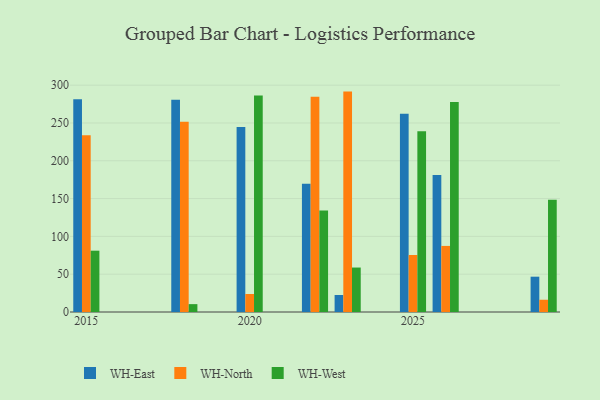
{"axis": {"x": "Year", "y": "Page Views"}, "legend": ["WH-East", "WH-North", "WH-West"], "data": [{"x": "2029", "y": 46.7, "type": "WH-East"}, {"x": "2029", "y": 16.2, "type": "WH-North"}, {"x": "2029", "y": 148.5, "type": "WH-West"}, {"x": "2018", "y": 280.7, "type": "WH-East"}, {"x": "2018", "y": 251.5, "type": "WH-North"}, {"x": "2018", "y": 10.4, "type": "WH-West"}, {"x": "2015", "y": 281.5, "type": "WH-East"}, {"x": "2015", "y": 233.7, "type": "WH-North"}, {"x": "2015", "y": 81.1, "type": "WH-West"}, {"x": "2026", "y": 181.3, "type": "WH-East"}, {"x": "2026", "y": 87.4, "type": "WH-North"}, {"x": "2026", "y": 277.9, "type": "WH-West"}, {"x": "2022", "y": 169.7, "type": "WH-East"}, {"x": "2022", "y": 284.8, "type": "WH-North"}, {"x": "2022", "y": 134.1, "type": "WH-West"}, {"x": "2025", "y": 262.3, "type": "WH-East"}, {"x": "2025", "y": 75.4, "type": "WH-North"}, {"x": "2025", "y": 239.0, "type": "WH-West"}, {"x": "2023", "y": 22.5, "type": "WH-East"}, {"x": "2023", "y": 291.5, "type": "WH-North"}, {"x": "2023", "y": 58.8, "type": "WH-West"}, {"x": "2020", "y": 244.7, "type": "WH-East"}, {"x": "2020", "y": 23.8, "type": "WH-North"}, {"x": "2020", "y": 286.4, "type": "WH-West"}]}